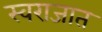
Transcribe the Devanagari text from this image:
स्वराजात